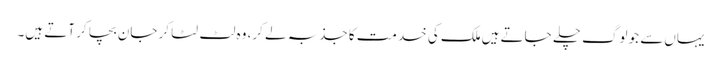
یہاں‌سے جو لوگ چلے جاتے ہیں‌ملک کی خدمت کا جذبہ لے کر، وہ لٹ لٹا کر جان بچا کر آتے ہیں۔